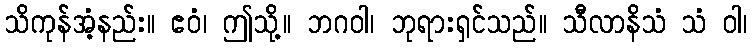
သိကုန်အံ့နည်း။ ဧဝံ၊ ဤသို့။ ဘဂဝါ၊ ဘုရားရှင်သည်။ သီလာနိသံ သံ ဝါ၊